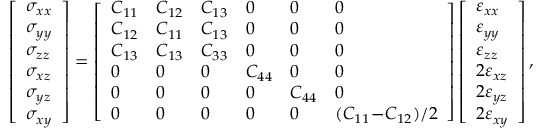
\left[ \begin{array} { l } { \sigma _ { x x } } \\ { \sigma _ { y y } } \\ { \sigma _ { z z } } \\ { \sigma _ { x z } } \\ { \sigma _ { y z } } \\ { \sigma _ { x y } } \end{array} \right] = \left[ \begin{array} { l l l l l l } { C _ { 1 1 } } & { C _ { 1 2 } } & { C _ { 1 3 } } & { 0 } & { 0 } & { 0 } \\ { C _ { 1 2 } } & { C _ { 1 1 } } & { C _ { 1 3 } } & { 0 } & { 0 } & { 0 } \\ { C _ { 1 3 } } & { C _ { 1 3 } } & { C _ { 3 3 } } & { 0 } & { 0 } & { 0 } \\ { 0 } & { 0 } & { 0 } & { C _ { 4 4 } } & { 0 } & { 0 } \\ { 0 } & { 0 } & { 0 } & { 0 } & { C _ { 4 4 } } & { 0 } \\ { 0 } & { 0 } & { 0 } & { 0 } & { 0 } & { ( C _ { 1 1 } \! - \! C _ { 1 2 } ) / 2 } \end{array} \right] \left[ \begin{array} { l } { \varepsilon _ { x x } } \\ { \varepsilon _ { y y } } \\ { \varepsilon _ { z z } } \\ { 2 \varepsilon _ { x z } } \\ { 2 \varepsilon _ { y z } } \\ { 2 \varepsilon _ { x y } } \end{array} \right] ,